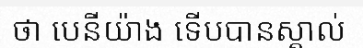
ថា បេនីយ៉ាង ទើបបានស្គាល់